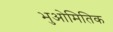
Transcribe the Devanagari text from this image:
भुओमितिक